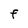
Character: F